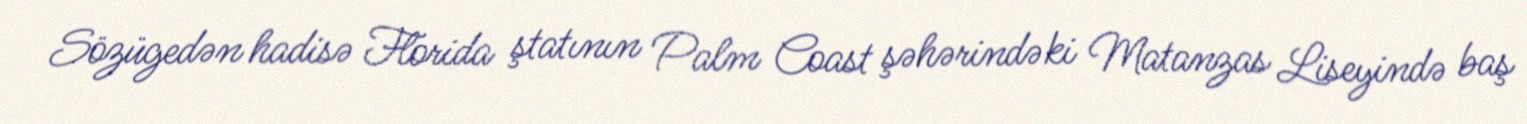
Sözügedən hadisə Florida ştatının Palm Coast şəhərindəki Matanzas Liseyində baş